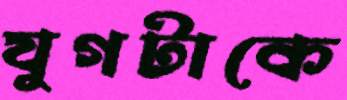
যুগটাকে